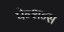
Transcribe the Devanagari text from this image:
पेन्शन्स